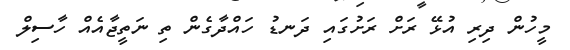
މީހުން ދިރި އުޅޭ ރަށް ރަށުގައި ދަނޑު ހައްދާގެން ތި ނަތީޖާއެއް ހާސިލް